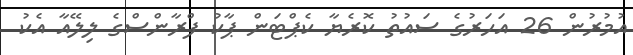
އުމުރުން 26 އަހަރުގެ ސައުތު ކޮރެޔާ ކެޕްޓަން ޕާކު ފްރާންސްގެ ލިލޭއާ އެކު